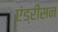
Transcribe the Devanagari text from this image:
एंड्रीसन